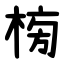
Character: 㮄